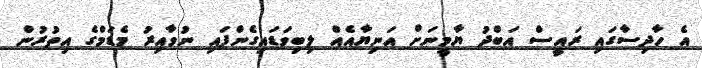
އެ ހާދިސާގައި ރައީސް އަބްދު ޔާމީނަށް އަނިޔާއެއް ލިބިވަޑައިގެންފައި ނުވާއިރު މެޑަމްގެ އިތުރުން